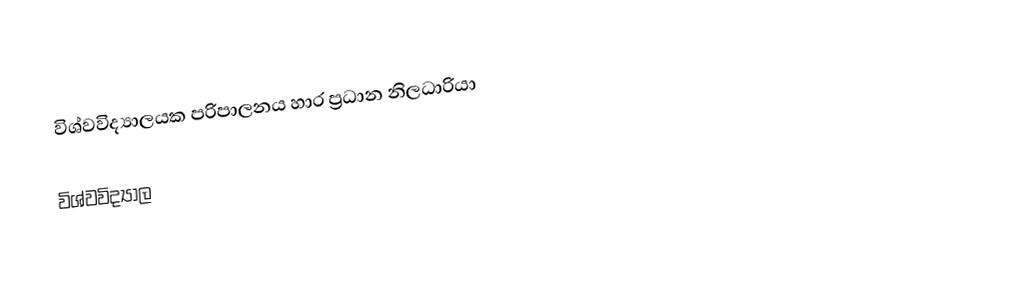
විශ්වවිද්‍යාලයක පරිපාලනය හාර ප්‍රධාන නිලධාරියා

විශ්වවිද්‍යාල